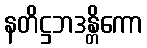
နတိဋ္ဌဘဒန္တိကော